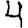
Digit: 4